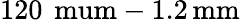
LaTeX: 120\, \mathrm{\ mum}-1.2\, \mathrm{mm}